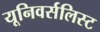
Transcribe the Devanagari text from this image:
यूनिवर्सलिस्ट